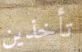
تأخذين